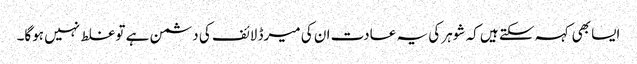
ایسا بھی کہہ سکتے ہیں کہ شوہر کی یہ عادت ان کی میرڈ لائف کی دشمن ہے تو غلط نہیں ہوگا۔